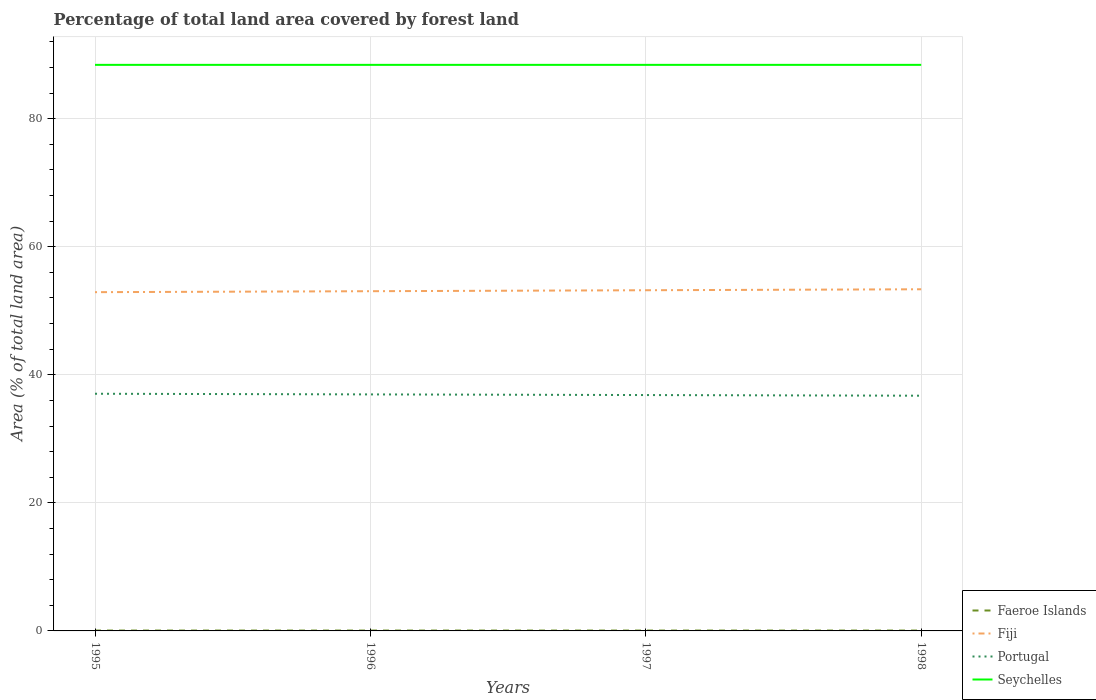
| Years | Faeroe Islands | Fiji | Portugal | Seychelles |
 | --- | --- | --- | --- | --- |
 | 1995 | 0.0573 | 52.9 | 37 | 88.4 |
 | 1996 | 0.0573 | 53.1 | 36.9 | 88.4 |
 | 1997 | 0.0573 | 53.2 | 36.8 | 88.4 |
 | 1998 | 0.0573 | 53.4 | 36.7 | 88.4 |